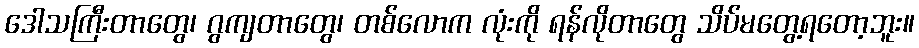
ဒေါသကြီးတာတွေ၊ ဂွကျတာတွေ၊ တစ်လောက လုံးကို ရန်လိုတာတွေ သိပ်မတွေ့ရတော့ဘူး။